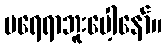
မရေရာဘူးပေါ့နော်။